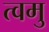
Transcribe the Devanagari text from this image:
त्वमु